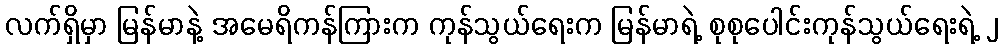
လက်ရှိမှာ မြန်မာနဲ့ အမေရိကန်ကြားက ကုန်သွယ်ရေးက မြန်မာရဲ့ စုစုပေါင်းကုန်သွယ်ရေးရဲ့ ၂